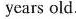
years old.